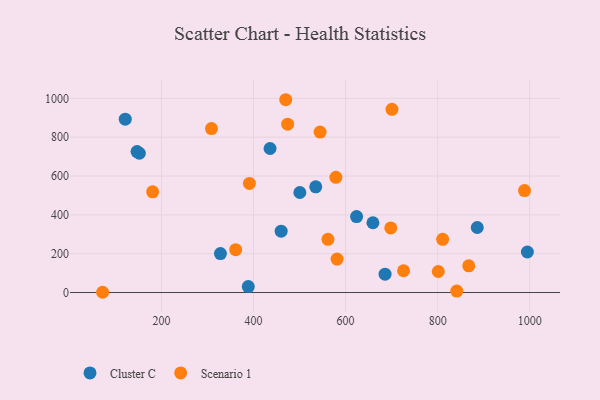
{"axis": {"x": "Experience", "y": "Salary"}, "legend": ["Cluster C", "Scenario 1"], "data": [{"x": "151.9", "y": 717.5, "type": "Cluster C"}, {"x": "146.9", "y": 726.0, "type": "Cluster C"}, {"x": "121.3", "y": 892.8, "type": "Cluster C"}, {"x": "886.1", "y": 335.0, "type": "Cluster C"}, {"x": "500.6", "y": 515.3, "type": "Cluster C"}, {"x": "435.9", "y": 741.9, "type": "Cluster C"}, {"x": "535.2", "y": 544.7, "type": "Cluster C"}, {"x": "328.1", "y": 200.7, "type": "Cluster C"}, {"x": "685.8", "y": 94.5, "type": "Cluster C"}, {"x": "623.9", "y": 391.3, "type": "Cluster C"}, {"x": "995.0", "y": 208.8, "type": "Cluster C"}, {"x": "659.4", "y": 359.3, "type": "Cluster C"}, {"x": "460.0", "y": 315.8, "type": "Cluster C"}, {"x": "388.6", "y": 30.6, "type": "Cluster C"}, {"x": "867.6", "y": 137.5, "type": "Scenario 1"}, {"x": "698.2", "y": 333.0, "type": "Scenario 1"}, {"x": "581.5", "y": 172.3, "type": "Scenario 1"}, {"x": "180.7", "y": 518.6, "type": "Scenario 1"}, {"x": "308.6", "y": 844.7, "type": "Scenario 1"}, {"x": "578.9", "y": 593.5, "type": "Scenario 1"}, {"x": "544.6", "y": 826.5, "type": "Scenario 1"}, {"x": "801.4", "y": 108.2, "type": "Scenario 1"}, {"x": "469.9", "y": 993.1, "type": "Scenario 1"}, {"x": "391.0", "y": 562.2, "type": "Scenario 1"}, {"x": "810.9", "y": 274.2, "type": "Scenario 1"}, {"x": "988.8", "y": 525.2, "type": "Scenario 1"}, {"x": "700.8", "y": 943.6, "type": "Scenario 1"}, {"x": "474.1", "y": 867.0, "type": "Scenario 1"}, {"x": "725.9", "y": 112.3, "type": "Scenario 1"}, {"x": "561.7", "y": 273.9, "type": "Scenario 1"}, {"x": "72.1", "y": 1.3, "type": "Scenario 1"}, {"x": "361.2", "y": 220.6, "type": "Scenario 1"}, {"x": "841.6", "y": 7.3, "type": "Scenario 1"}]}